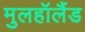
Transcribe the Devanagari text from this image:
मुलहॉलैंड